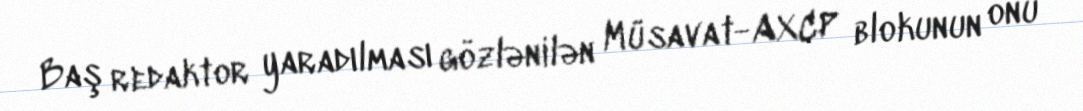
Baş redaktor yaradılması gözlənilən Müsavat-AXCP blokunun onu